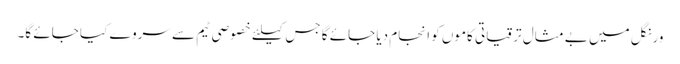
ورنگل میں بے مثال ترقیاتی کاموں کو انجام دیا جائے گا جس کیلئے خصوصی ٹیم سے سروے کیا جائے گا۔